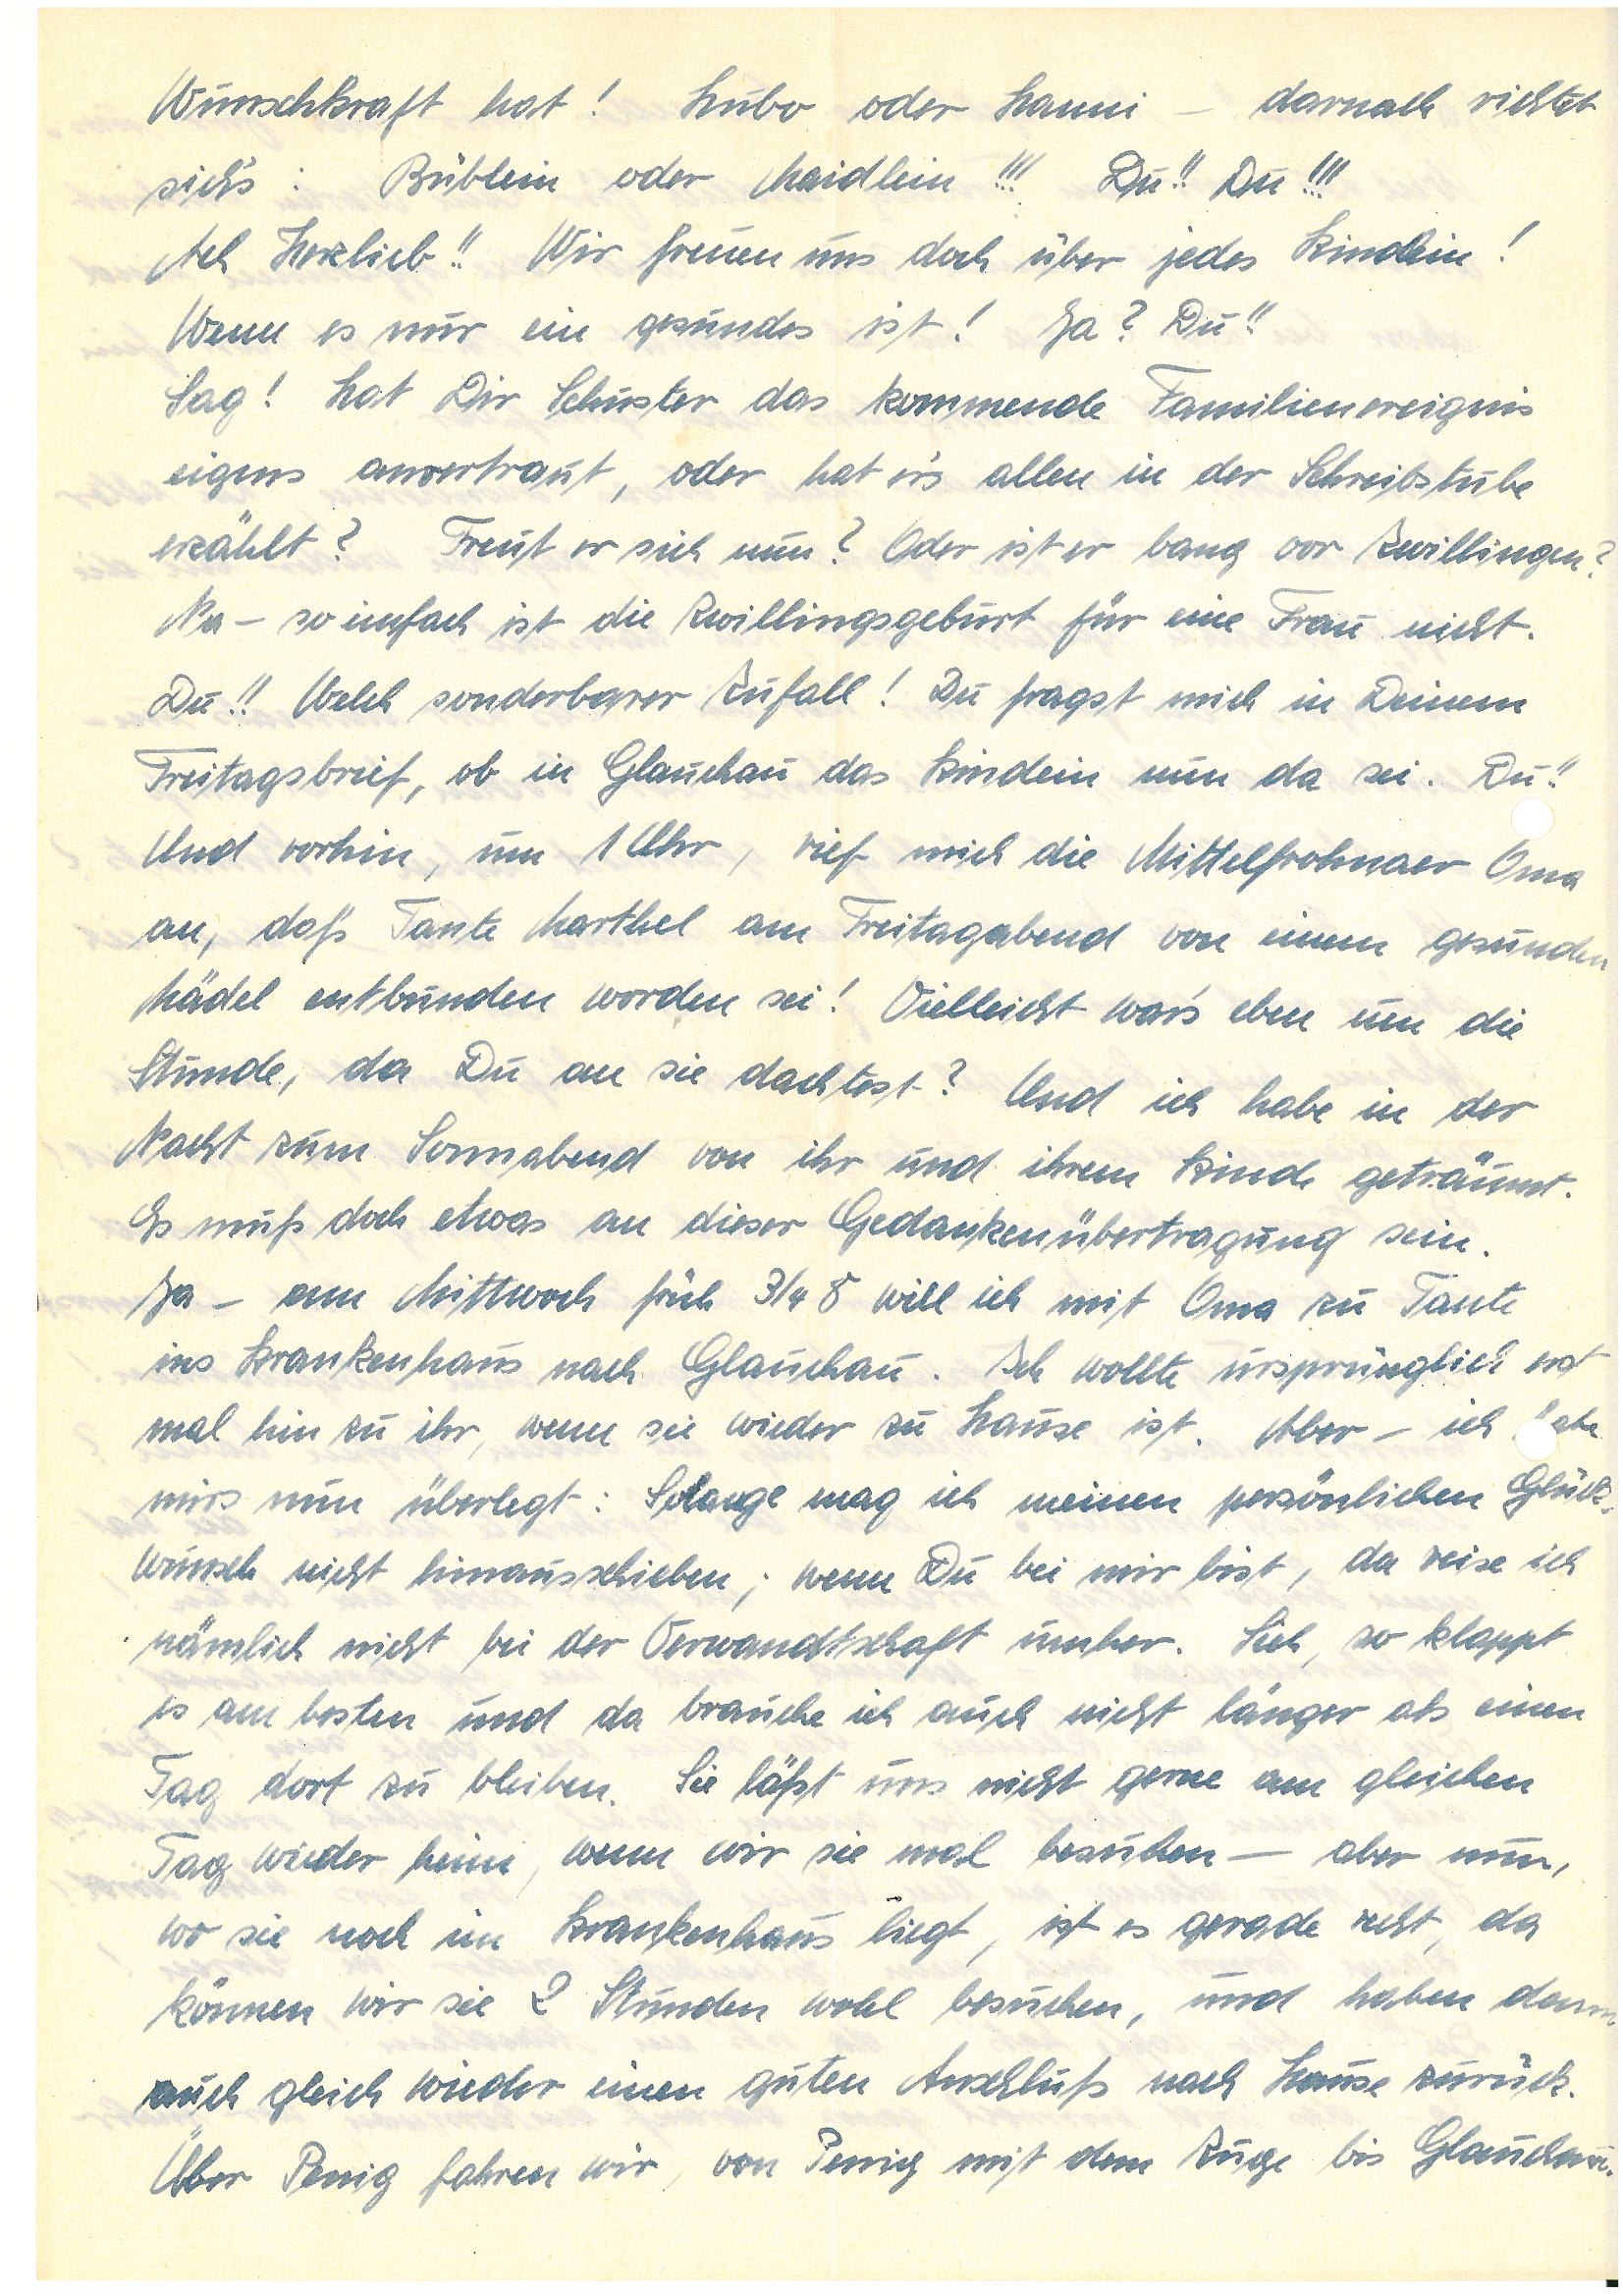
Wunschkraft hat! Hubo oder  – darnach richtet
sich’s: Büblein oder Maidlein!!! Du!! Du!!!
Ach Herzlieb!! Wir freuen uns doch über jedes Kindlein!
Wenn es nur ein gesundes ist! Ja? Du!!
Sag! Hat Dir S. das kommende Familienereignis
eigens anvertraut, oder hat er’s allen in der Schreibstube
erzählt? Freut er sich nun? Oder ist er bang vor Zwillingen?
Na – so einfach ist die Zwillingsgeburt für eine Frau nicht.
Du!! Welch sonderbarer Zufall! Du fragst mich in Deinem
Freitagsbrief, ob in G. das Kindlein nun da sei. Du!!
Und vorhin, um 1 Uhr, rief mich die M.er Oma
an, daß Tante M. am Freitagabend von einem gesunden
Mädel entbunden worden sei! Vielleicht war’s eben um die
Stunde, da Du an sie dachtest? Und ich habe in der
Nacht zum Sonnabend von ihr und dem Kind geträumt.
Es muß doch etwas an dieser Gedankenübertragung sein.
Ja – am Mittwoch früh ¾ 8 will ich mit Oma zu Tante
ins Krankenhaus nach G.. Ich wollte ursprünglich erst
mal hin zu ihr, wenn sie wieder zu Hause ist. Aber – ich
mirs nun überlegt: Solange mag ich meinen persönlichen Glück¬
wunsch nicht hinausschieben; wenn Du bei mir bist, da reise ich
nämlich nicht bei der Verwandtschaft umher. Sieh, so klappt
es am besten und da brauche ich auch nicht länger als einen
Tag dort zu bleiben. Sie läßt uns nicht gerne am gleichen
Tag wieder heim, wenn wir sie mal besuchen – aber nun,
wo sie noch im Krankenhaus liegt, ist es gerade recht, da
können wir sie 2 Stunden wohl besuchen, und haben dann
auch gleich wieder einen guten Anschluß nach Hause zurück.
Über P. fahren wir von P. mit dem Zuge nach G.